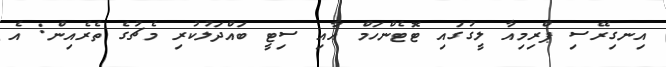
އިނގިރޭސި ޕްރިމިއާ ލީގުގައި ޓޮޓެންހަމް އާއި ސިޓީ ބައްދަލުކުރި މެޗުގެ ތެރެއިން: އެ